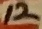
Text: 12